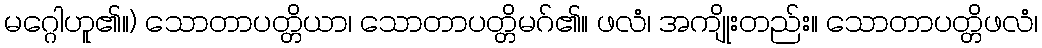
မဂ္ဂေါဟူ၏။) သောတာပတ္တိယာ၊ သောတာပတ္တိမဂ်၏။ ဖလံ၊ အကျိုးတည်း။ သောတာပတ္တိဖလံ၊